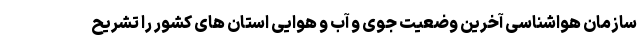
سازمان هواشناسی آخرین وضعیت جوی و آب و هوایی استان های کشور را تشریح